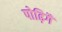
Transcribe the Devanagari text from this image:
पोढ़िगै